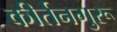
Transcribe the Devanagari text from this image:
कीर्तनगुरू